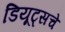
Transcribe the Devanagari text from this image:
डियूट्सचे